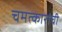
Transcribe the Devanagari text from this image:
चमत्कारांची